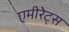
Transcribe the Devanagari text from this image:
एमीरेट्स